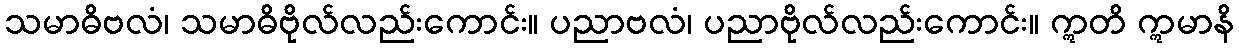
သမာဓိဗလံ၊ သမာဓိဗိုလ်လည်းကောင်း။ ပညာဗလံ၊ ပညာဗိုလ်လည်းကောင်း။ ဣတိ ဣမာနိ